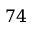
7 4